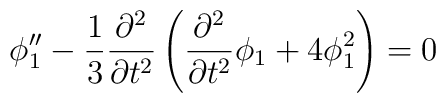
\phi_1''-\frac{1}{3}\frac{\partial^2}{\partial t^2} \left( \frac{\partial^2}{\partial t^2}{\phi}_1 +4\phi_1^2\right)  =0